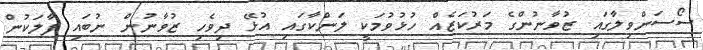
ސޯސަންވިލާގައި ޒުވާނުންގެ މަރުކަޒެއް ހުޅުވުމަކީ ލަންކާގައި އުޅޭ ދިވެހި ޒުވާނުން ނުބައި ފާލަކުން